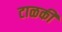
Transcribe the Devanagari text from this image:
टाळकी